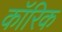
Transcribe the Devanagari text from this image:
कॉरिक